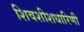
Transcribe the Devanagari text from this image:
शिवशीशधारिणी